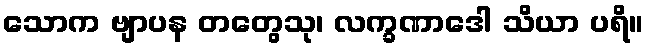
သောက ဗျာပန တတွေသု၊ လက္ခဏာဒေါ သိယာ ပရိ။